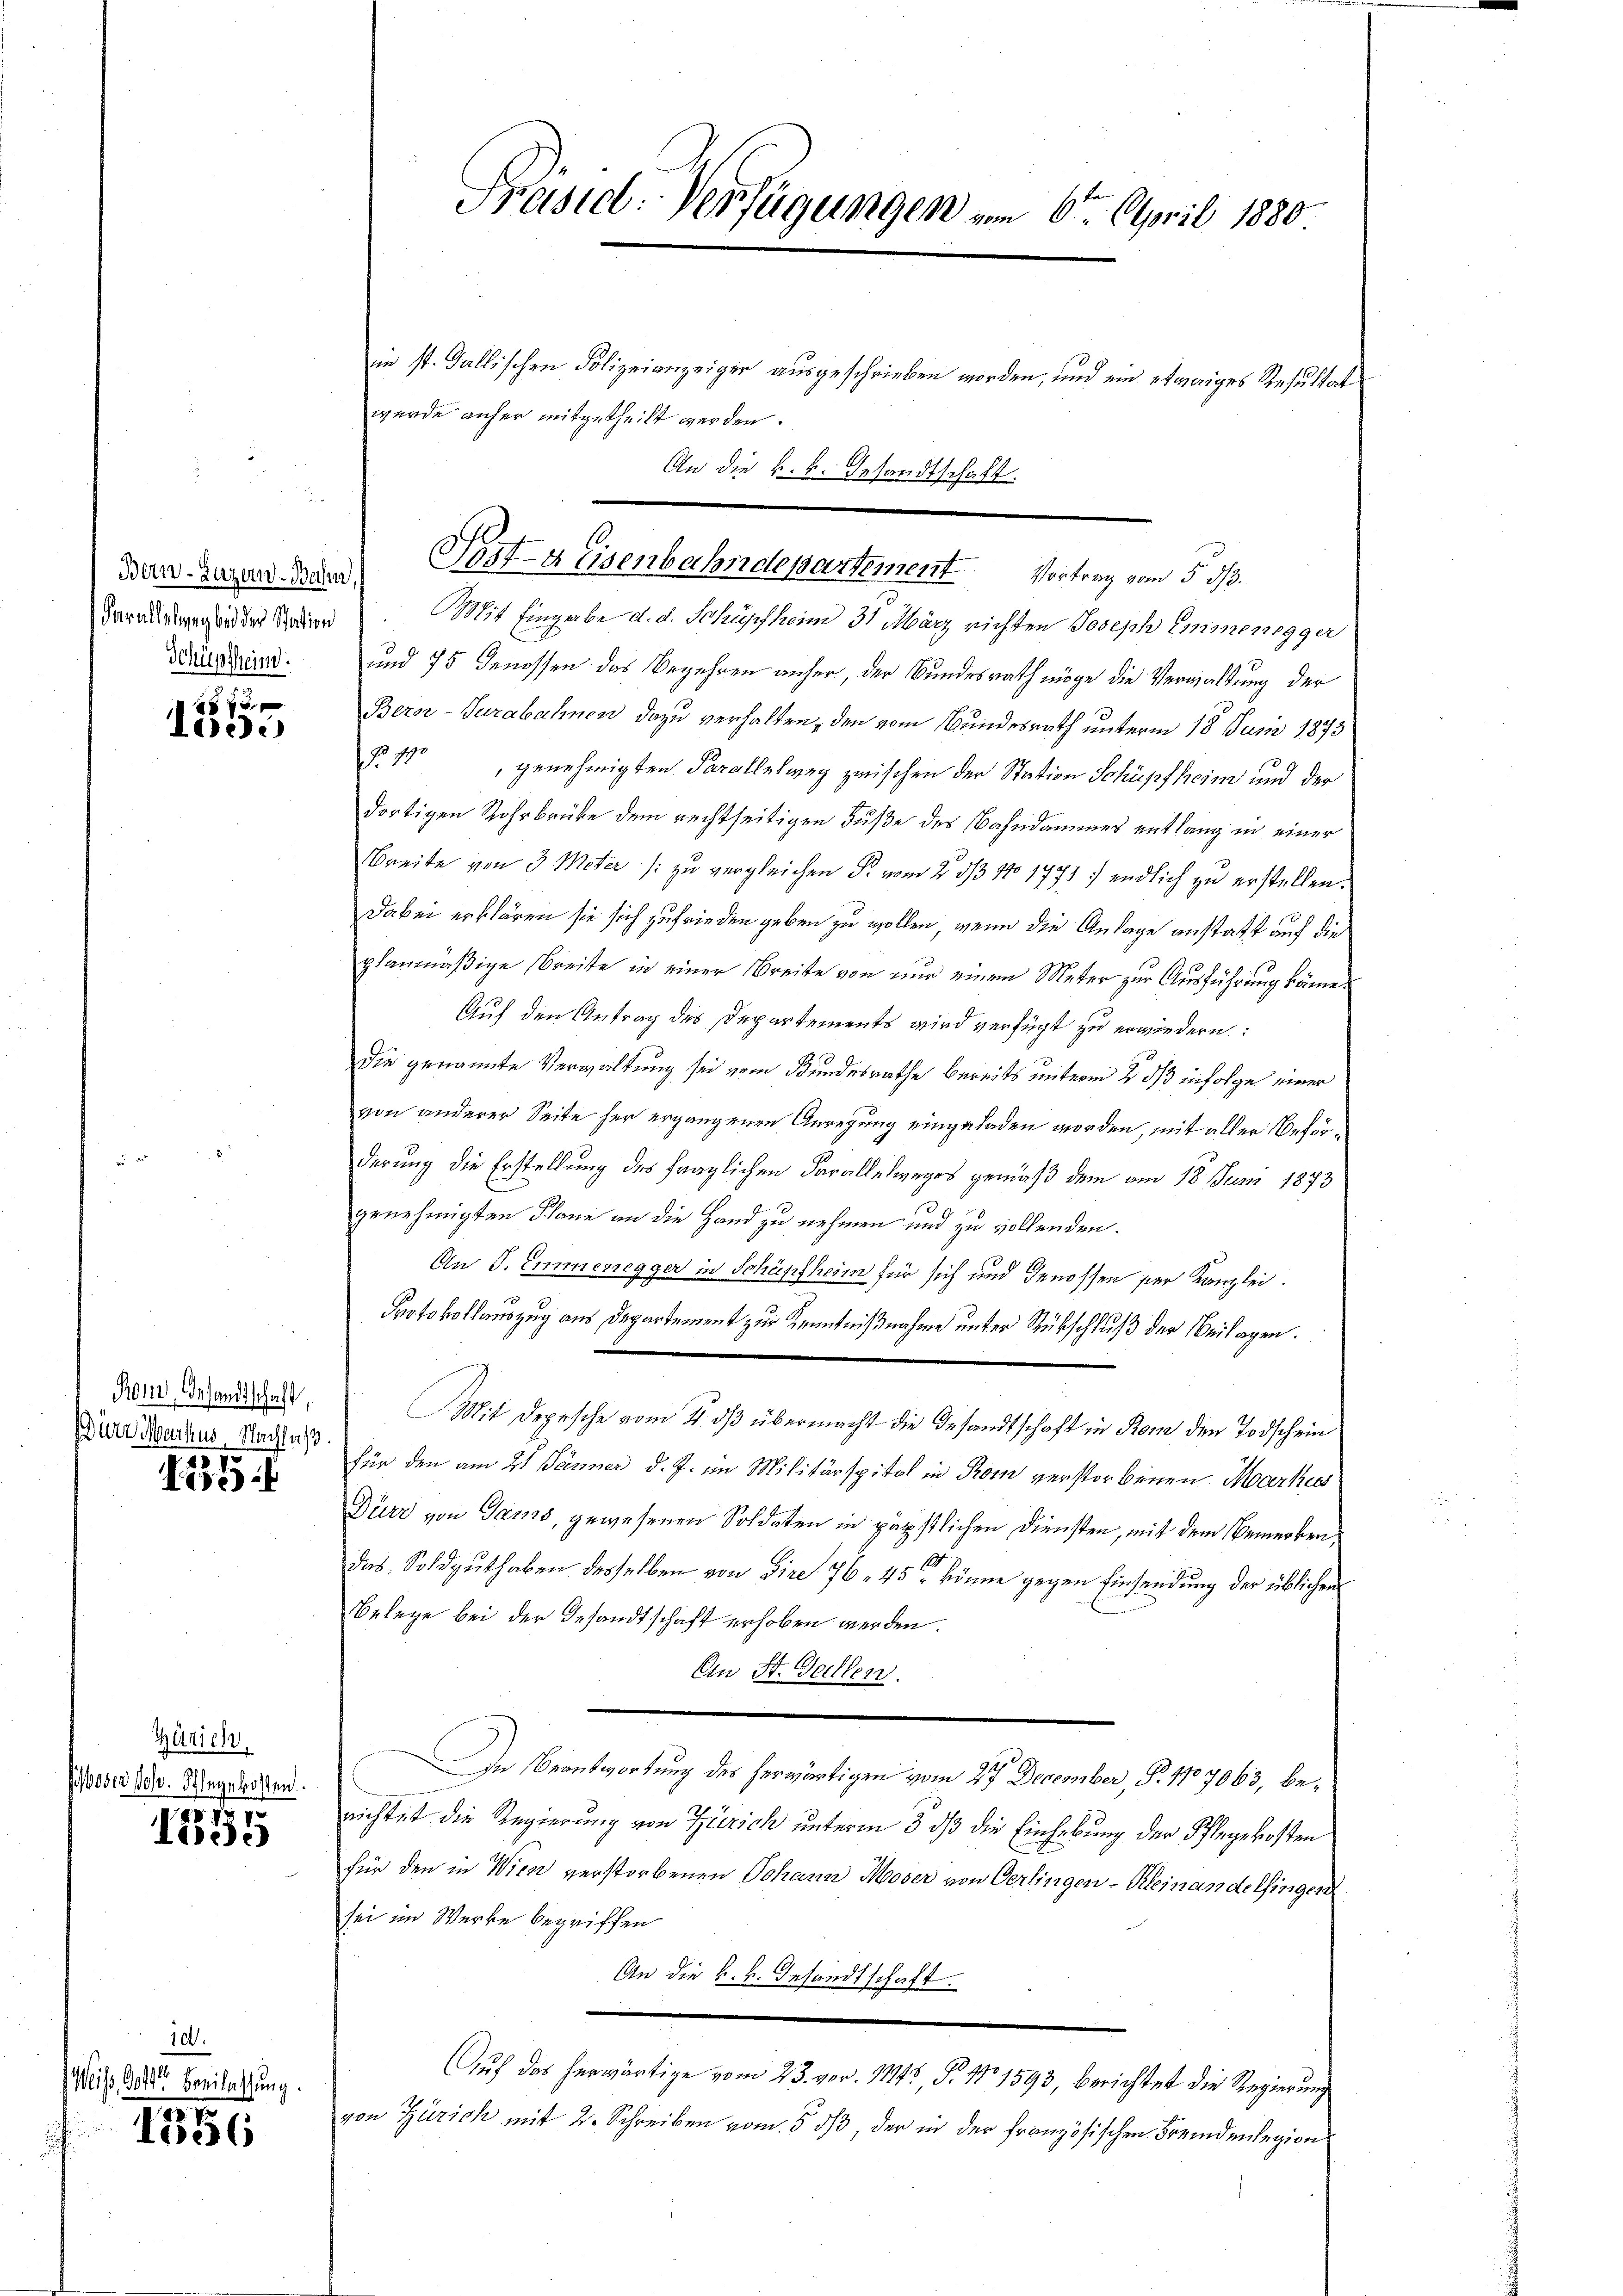
Farallelung bei der Station
Schüpfheim.

x
lode

Ron, Gesandtschaft,
Dürr Markus Nachlaß

35

Zürich.
Jioser Joh. Pflegekosten.

x
Luise

10.
Weiss, Gott Breilassung.

1
1356

Präsid. Verfügungen vom 6ten April 1880

in st. Gallischen Polizeianzeiger ausgeschrieben worden, und ein etwaiges Resultat
wurde anher mitgetheilt werden.
Mit Eingabe d. d. Schüpfheim 31 März richten Joseph Emmenegger
und 75 Genossen das Begehren anher, der Bundesrath möge die Verwaltung der
Bern-Turabahnen dazu verhalten, den vom Bundesrath unterm 18. Juni 1873
§. 100, genehmigten Parallelweg zwischen der Station Schüpfheim und der
dortigen Rohrbrüke dem rechtseitigen Fuße des Bahndammes entlang in einer
Breite von 3 Meter /: zu vergleichen P. vom 2. ds No 1777. endlich zu erstellen.
Dabei erklären sie sich zufrieden geben zu wollen, wenn die Anlage anstatt auf die
planmäßige Breite in einer Breite von nur einem Meter zur Ausführung käme.
Auf den Antrag des Departements wird verfügt zu erwiedern:
die genannte Verwaltung sei vom Bundesrathe bereits unterm 2. ds infolge einer
von anderer Seite her ergangenen Anregung eingeladen worden, mit aller Beförderung die Erstellung des fraglichen Farallelweges gemäß dem am 18. Juni 1873
genehmigten Plane an die Hand zu nehmen und zu vollenden.
An S. Emmenegger in Schüpfheim für sich und Genossen per Kanzlei.
Protokollauszug aus Departement zur Kenntnißnahme unter Rückschluß der Beilagen.
Mit Depesche vom 21. ds übermacht die Gesandtschaft in Rom den Todschein
für den am 21 Jänner d. J. im Militärspital in Rom verstorbenen Markus
Dürr von Gams, gewesenen Soldaten in päpstlichen Diensten, mit dem Bemerken,
das Soldguthaben desselben von Dire 76. 45 könne gegen Einsendung der üblichen
Belege bei der Gesandtschaft erhoben werden.
An St. Gallen.
In Beantwortung des herwärtigen vom 27 December, P. 1707063, benichtet die Regierung von Zürich unterm 3. ds die Einhebung der Pflegekosten
für den in Wien verstorbenen Johann Moser von Oerlingen - Kleinandelfingen
sei im Werke begriffen
An die k.k. Gesandtschaft.
Auf das herwärtige vom 23. vor. 11145, S. 11 1593, berichtet die Regierung
von Zürich mit 2. Schreiben vom 5. ds, der in der französischen Fremdenlegion

dur zwar den Post- & Eisenbahndepartement Vortrag vom 5. ds.

An die k.k. Gesandtschaft.